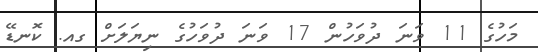
މަހުގެ 11 ވަނަ ދުވަހުން 17 ވަނަ ދުވަހުގެ ނިޔަލަށް ގއ. ކޮނޑޭ